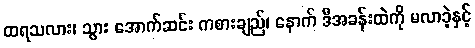
ထရသလား၊ သွား အောက်ဆင်း ကစားချည်၊ နောက် ဒီအခန်းထဲကို မလာခဲ့နှင့်